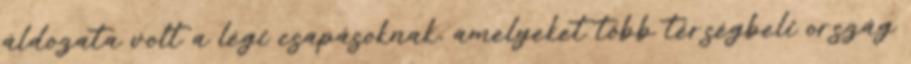
áldozata volt a légi csapásoknak, amelyeket több térségbeli ország